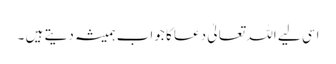
اسی لیے اللہ تعالیٰ دعا کا جواب ہمیشہ دیتے ہیں ۔